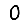
Digit: 0